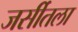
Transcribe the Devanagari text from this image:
जर्सीतला